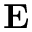
\mathbf E